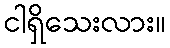
ငါရှိသေးလား။